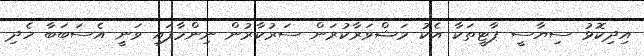
އިދިކޮޅު ސިޔާސީ ޕާޓީތަކާ އެކު މަޝްވަރާކުރަން ސަރުކާރުން ނިންމާފައި ވަނީ އެސަބަބާ ހެދި